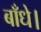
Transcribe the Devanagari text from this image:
बाँधे।